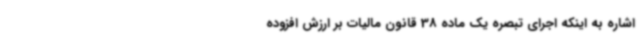
اشاره به اینکه اجرای تبصره یک ماده 38 قانون مالیات بر ارزش افزوده